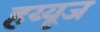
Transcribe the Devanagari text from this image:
हय्यूज